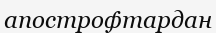
апострофтардан